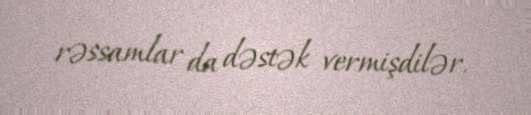
rəssamlar da dəstək vermişdilər.